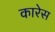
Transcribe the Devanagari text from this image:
कारेस